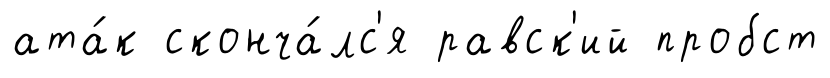
ата́к сконча́лс'я равск'ий пробст